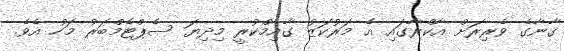
ގާނާގެ ވެރިރަށް އާކްރާގައި އެ މަރުކަޒު ގާއިމްކުރީ މިދިޔަ ސެޕްޓެމްބަރު މަހު އެވެ.